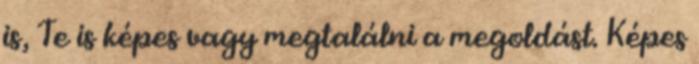
is, Te is képes vagy megtalálni a megoldást. Képes